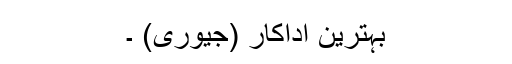
بہترین اداکار (جیوری) ۔